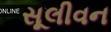
સૂલીવન